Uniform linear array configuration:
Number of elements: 16
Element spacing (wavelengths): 0.75
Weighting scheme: uniform
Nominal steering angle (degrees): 60
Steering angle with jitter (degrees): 61.523
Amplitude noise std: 0.05
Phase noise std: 0.05

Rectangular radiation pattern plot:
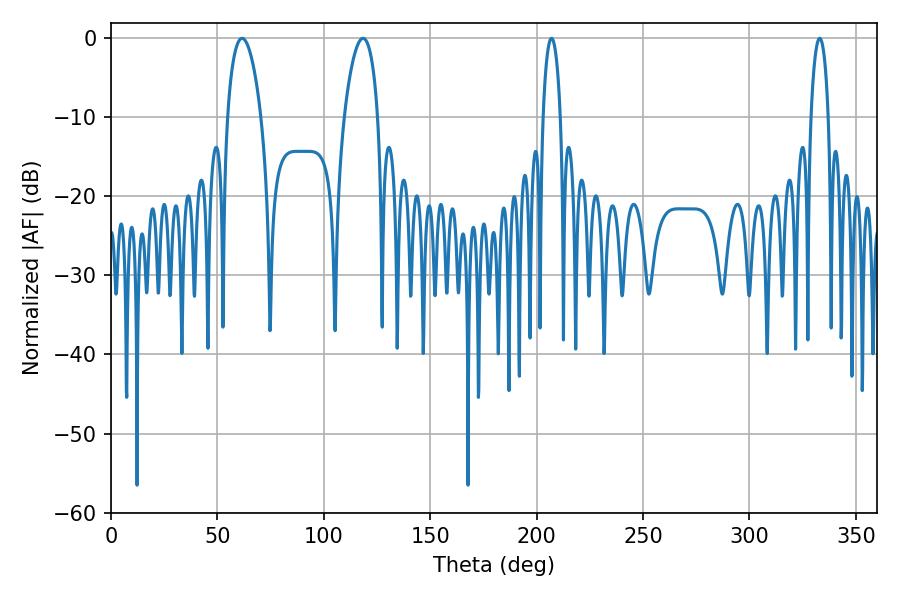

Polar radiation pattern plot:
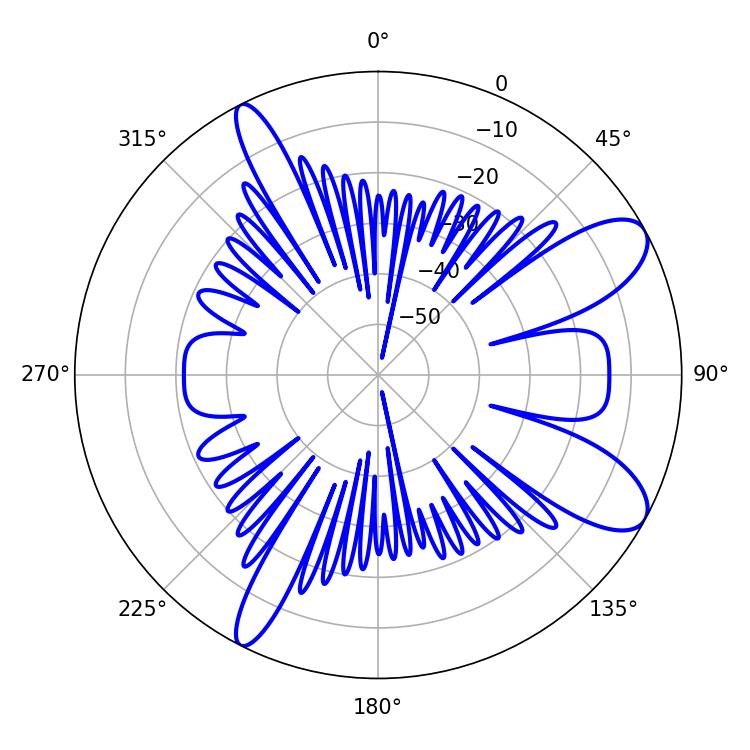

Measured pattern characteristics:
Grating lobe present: TRUE
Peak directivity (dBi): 9.566
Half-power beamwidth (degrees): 4.68
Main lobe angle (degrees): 207